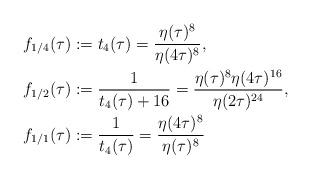
LaTeX: \begin{align*}f_{1/4}(\tau)&:=t_4(\tau)=\frac{\eta(\tau)^8}{\eta(4\tau)^8},\\f_{1/2}(\tau)&:=\frac{1}{t_4(\tau)+16}=\frac{\eta(\tau)^8\eta(4\tau)^{16}}{\eta(2\tau)^{24}},\\f_{1/1}(\tau)&:=\frac{1}{t_4(\tau)}=\frac{\eta(4\tau)^8}{\eta(\tau)^8}\end{align*}